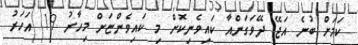
ކަމަށް ބުނެ އަޖޭ ދޭވަގަންއާ ކައިވެނިކޮށް މި ކައިވެންޏަށް މިހާރު 19 އަހަރު